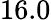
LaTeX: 16.0